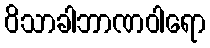
ဝိသာခါဘာဏဝါရော